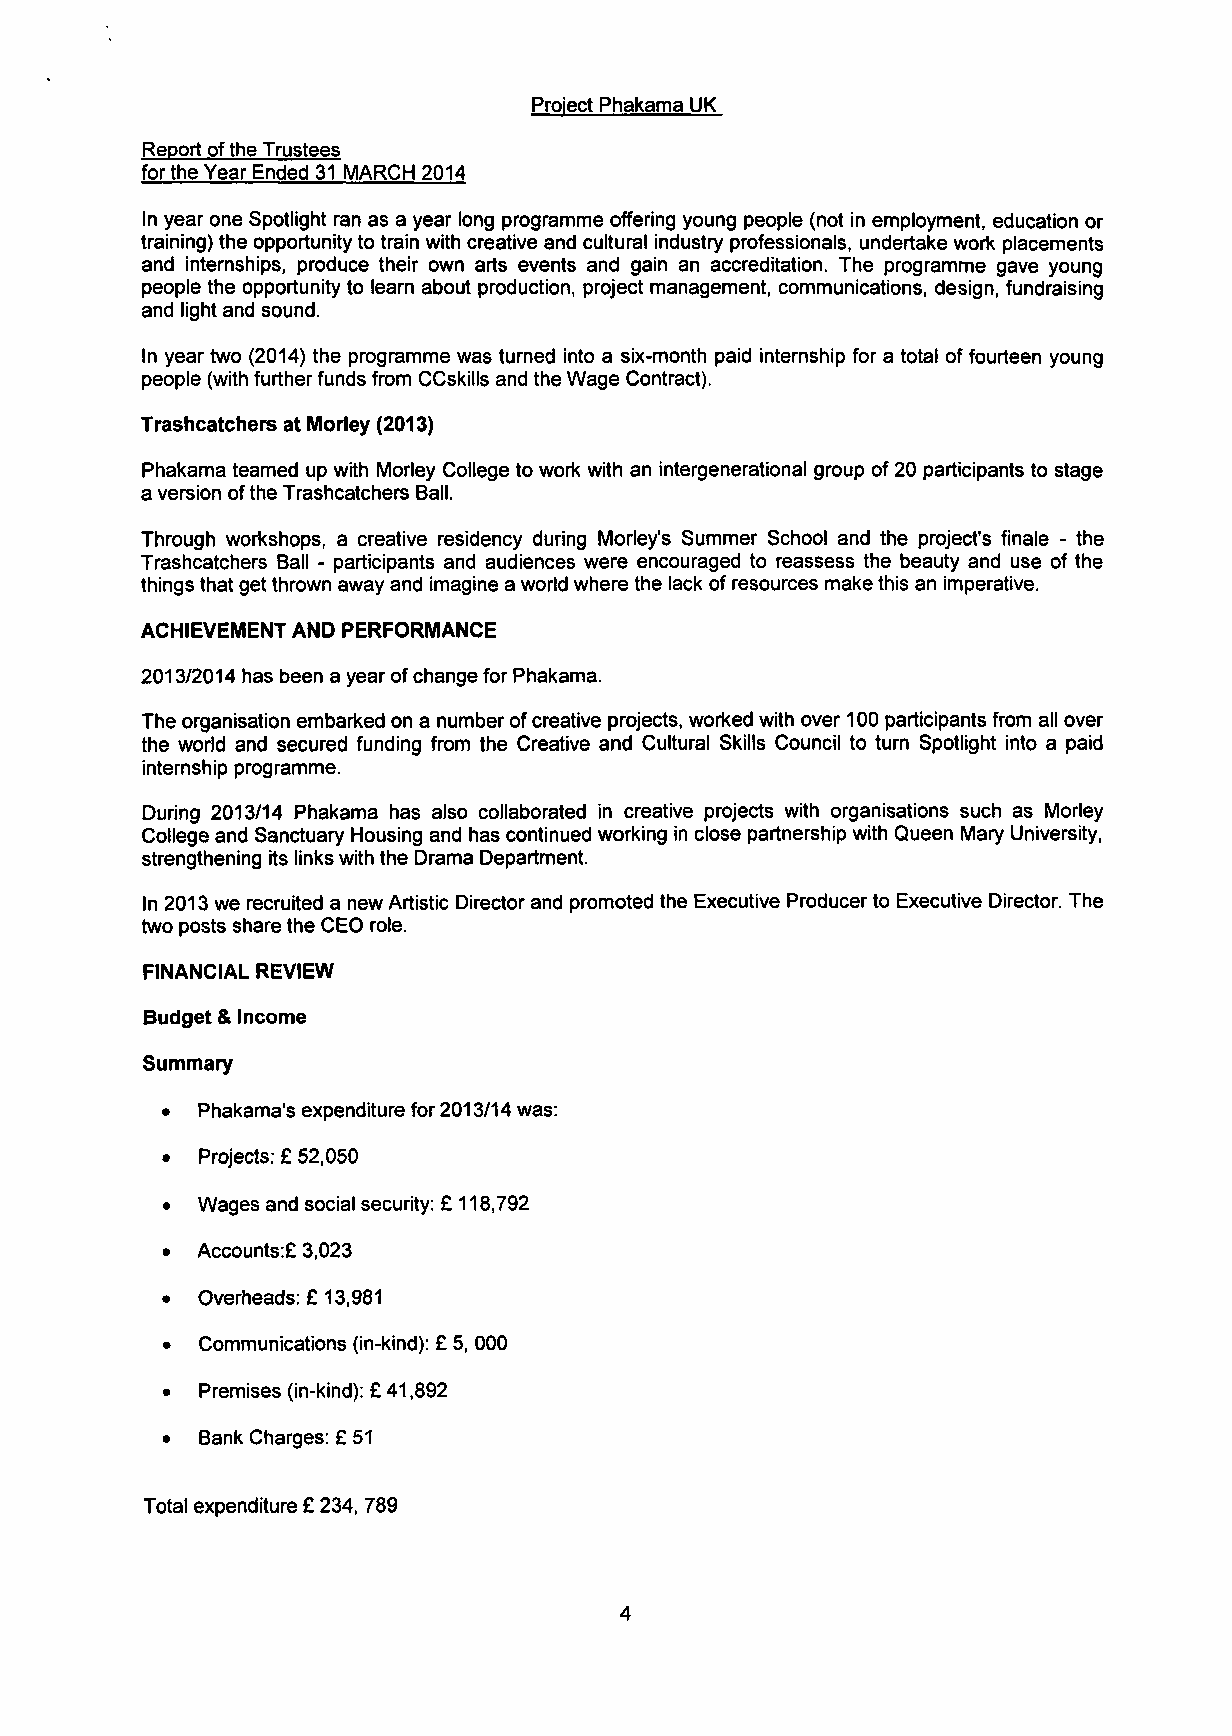
Project Phakama UK
 Report of the Trustees
 for the Year Ended 31 MARCH 2014
 In year one Spotlight ran as a year long programme offering young people (not in employment, education or
 training) the opportunity to train with creative and cultural industry professionals, undertake work placements
 and internships, produce their own arts events and gain an accreditation. The programme gave young
 people the opportunity to learn about production, project management, communications, design, fundraising
 and light and sound.
 In year two (2014) the programme was turned into a six-month paid internship for a total of fourteen young
 people (with further funds from CCskills and the Wage Contract).
 Trashcatchers at Morley (2013)
 Phakama teamed up with Morley College to work with an intergenerational group of 20 participants to stage
 a version of the Trashcatchers Ball.
 Through workshops, a creative residency during Morley's Summer School and the project's finale - the
 Trashcatchers Ball - participants and audiences were encouraged to reassess the beauty and use of the
 things that get thrown away and imagine a world where the lack of resources make this an imperative.
 ACHIEVEMENT AND PERFORMANCE
 2013/2014 has been a year of change for Phakama.
 The organisation embarked on a number of creative projects, worked with over 100 participants from all over
 the world and secured funding from the Creative and Cultural Skills Council to turn Spotlight into a paid
 internship programme.
 During 2013/14 Phakama has also collaborated in creative projects with organisations such as Morley
 College and Sanctuary Housing and has continued working in close partnership with Queen Mary University,
 strengthening its links with the Drama Department.
 In 2013 we recruited a new Artistic Director and promoted the Executive Producer to Executive Director. The
 two posts share the CEO role.
 FINANCIAL REVIEW
 Budget & Income
 Summary
 • Phakama's expenditure for 2013/14 was:
 • Projects: £ 52,050
 • Wages and social security: £ 118,792
 • Accounts:£ 3,023
 • Overheads: £ 13,981
 • Communications (in-kind): £ 5, 000
 • Premises (in-kind): £ 41,892
 • Bank Charges: £ 51
 Total expenditure £ 234, 789
 4